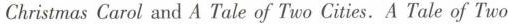
ChristmasCarol and A Tale of Two Cities. A Tale of Two